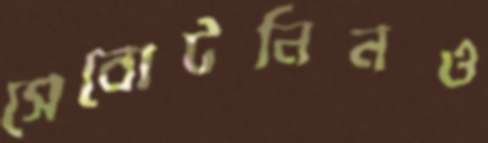
সেবোটনিনও